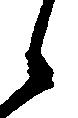
候